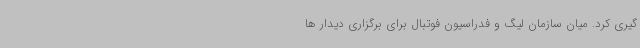
گیری کرد. میان سازمان لیگ و فدراسیون فوتبال برای برگزاری دیدار ها